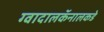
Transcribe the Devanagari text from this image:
ग्वादालकॅनालकडे